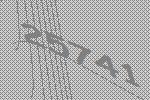
25741